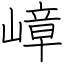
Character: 嶂